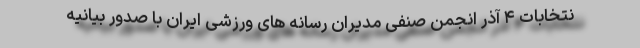
نتخابات ۴ آذر انجمن صنفی مدیران رسانه های ورزشی ایران با صدور بیانیه